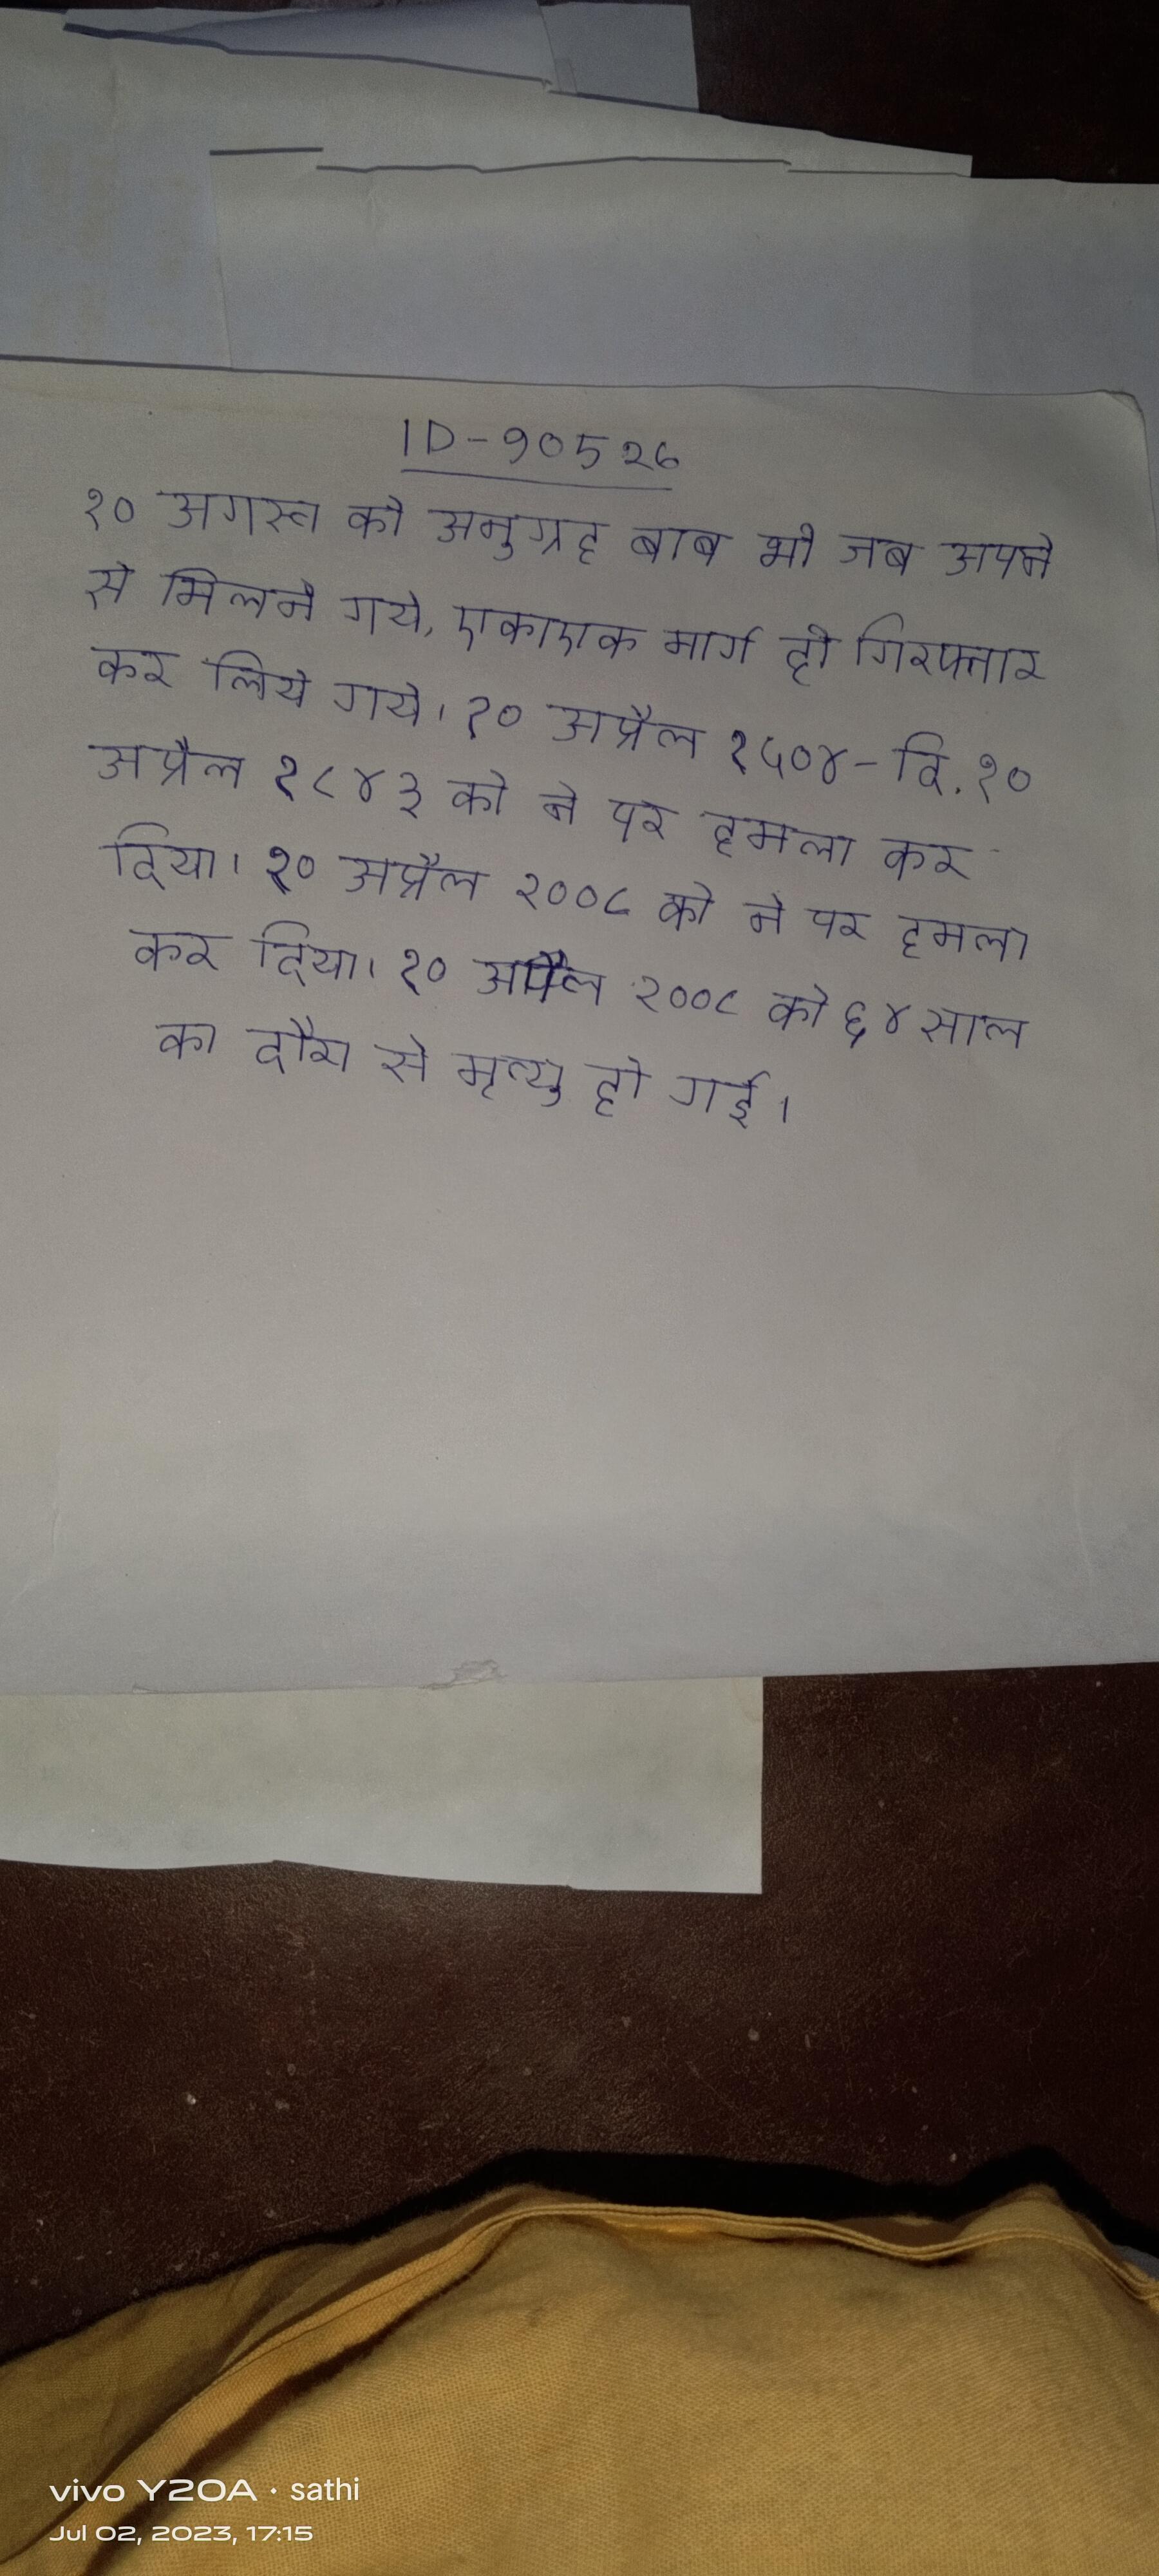
१० अगस्त को अनुग्रह बाबू भी जब अपने से मिलने गये, एकाएक मार्ग ही गिरफ्तार कर लिये गये । १० अप्रैल १५०४ - दि . १० अप्रैल १८४३ को ने पर हमला कर दिया । १० अप्रैल २००८ को ६४ साल की उम्र उनका दिल का दौरा से मृत्यु हो गई ।